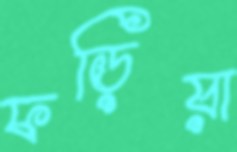
ফড়িয়া